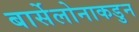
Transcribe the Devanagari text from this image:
बार्सेलोनाकडुन